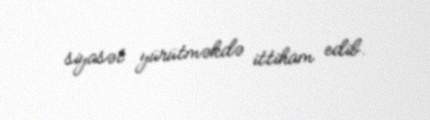
siyasət yürütməkdə ittiham edib.